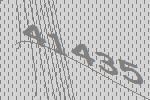
41435